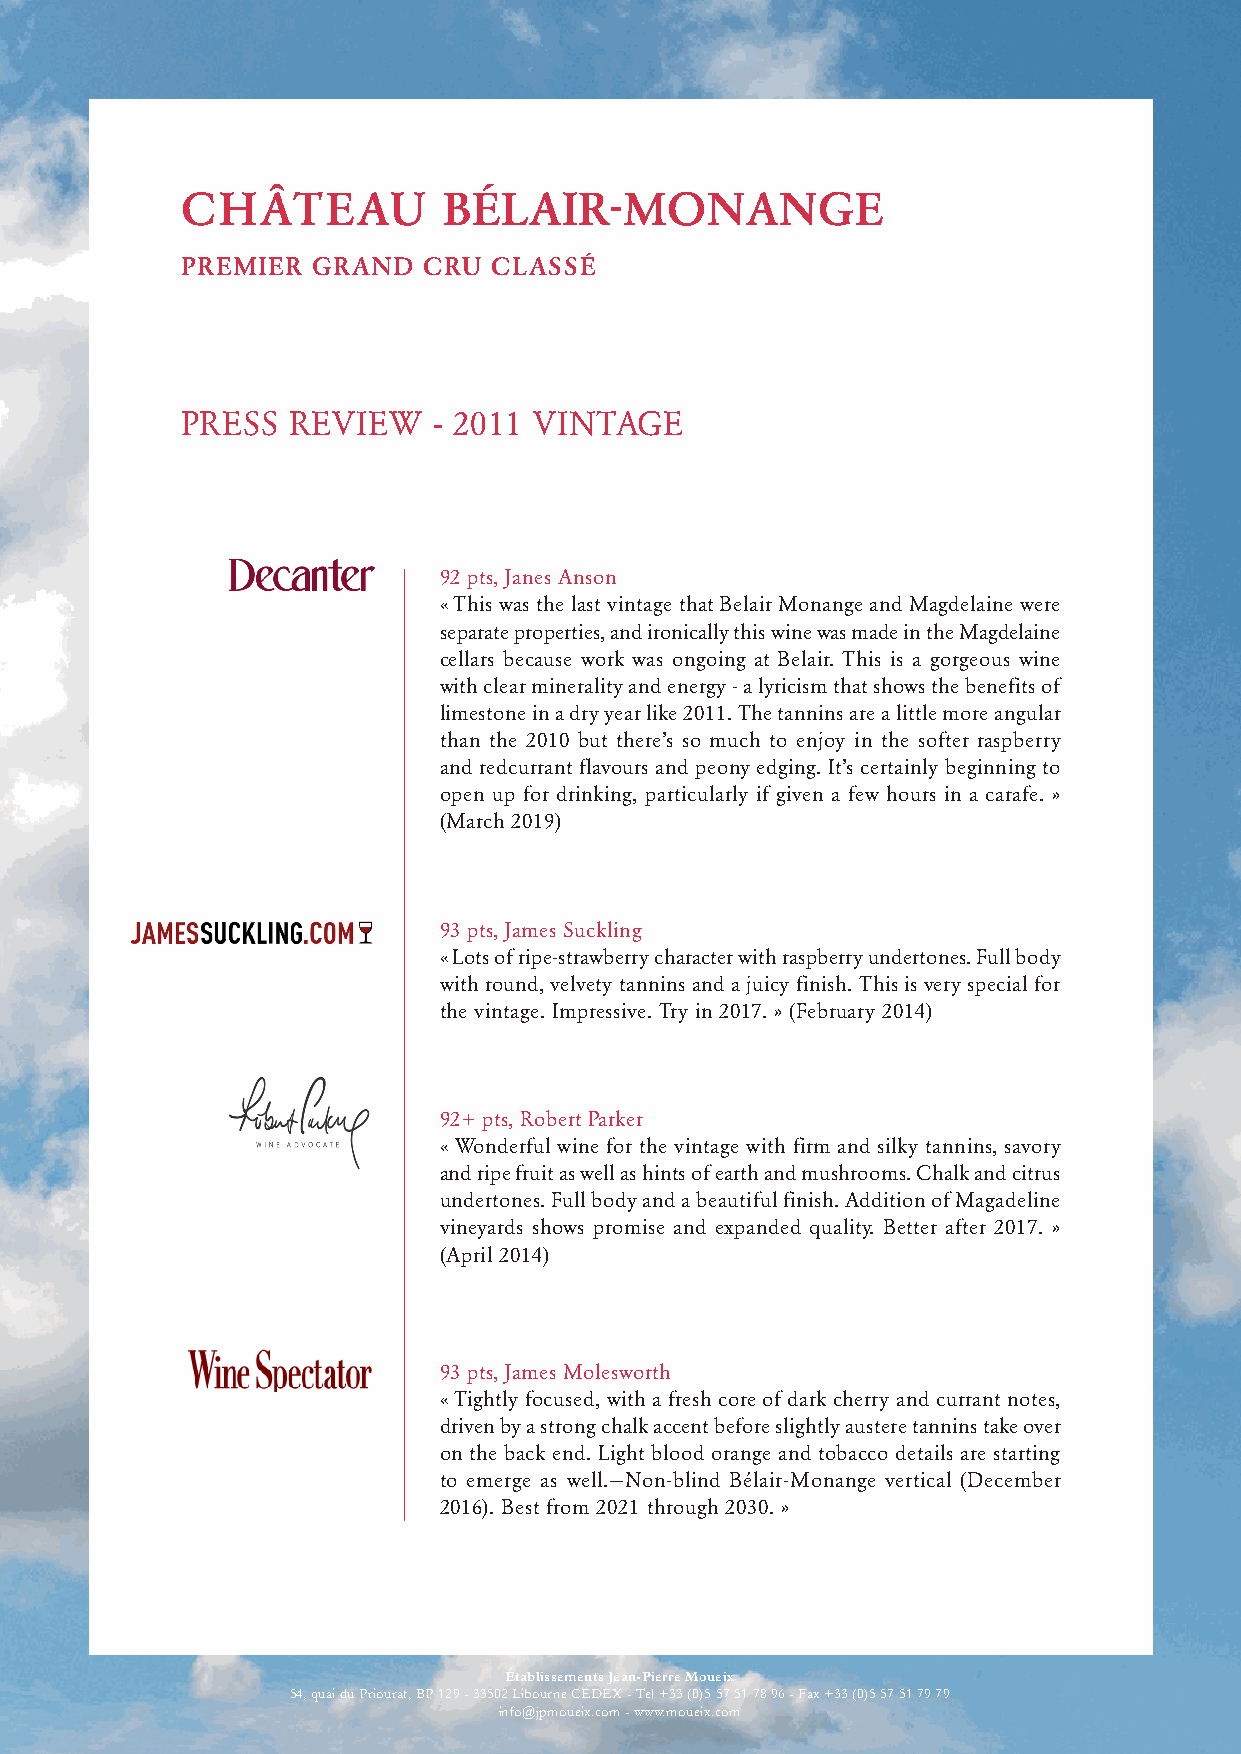
CHÂTEAU          BÉLAIR-MONANGE
 PREMIER  GRAND  CRU  CLASSÉ
 PRESS  REVIEW    - 2011 VINTAGE
 92 pts, Janes Anson
 « This was the last vintage that Belair Monange and Magdelaine were
 separate properties, and ironically this wine was made in the Magdelaine
 cellars because work was ongoing at Belair. This is a gorgeous wine
 with clear minerality and energy - a lyricism that shows the benefits of
 limestone in a dry year like 2011. The tannins are a little more angular
 than the 2010 but there’s so much to enjoy in the softer raspberry
 and redcurrant flavours and peony edging. It’s certainly beginning to
 open up for drinking, particularly if given a few hours in a carafe. »
 (March 2019)
 93 pts, James Suckling
 « Lots of ripe-strawberry character with raspberry undertones. Full body
 with round, velvety tannins and a juicy finish. This is very special for
 the vintage. Impressive. Try in 2017. » (February 2014)
 92+ pts, Robert Parker
 « Wonderful wine for the vintage with firm and silky tannins, savory
 and ripe fruit as well as hints of earth and mushrooms. Chalk and citrus
 undertones. Full body and a beautiful finish. Addition of Magadeline
 vineyards shows promise and expanded quality. Better after 2017. »
 (April 2014)
 93 pts, James Molesworth
 « Tightly focused, with a fresh core of dark cherry and currant notes,
 driven by a strong chalk accent before slightly austere tannins take over
 on the back end. Light blood orange and tobacco details are starting
 to emerge as well.—Non-blind Bélair-Monange vertical (December
 2016). Best from 2021 through 2030. »
 Établissements Jean-Pierre Moueix
 54, quai du Priourat, BP 129 - 33502 Libourne CEDEX - Tel +33 (0)5 57 51 78 96 - Fax +33 (0)5 57 51 79 79
 info@jpmoueix.com - www.moueix.com